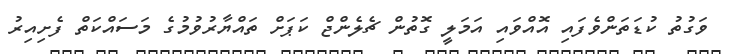
ވަގުތު ކުޑަތަންވެފައި އޮއްވައި އަމަލީ ގޮތުން ޗެލެންޖް ކަޕަށް ތައްޔާރުވުމުގެ މަސައްކަތް ފެށިއިރު